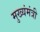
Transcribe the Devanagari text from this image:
मुख्यंमंत्री